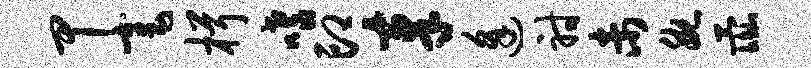
甲毫楫嗜印奉逢射未腕彘